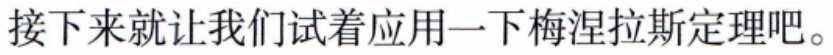
接下来就让我们试着应用一下梅涅拉斯定理吧。